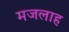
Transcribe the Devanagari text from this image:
मजलाह